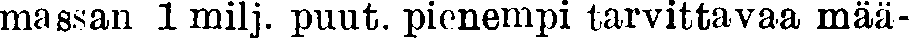
massan 1 milj. puut. pienempi tarvittavaa mää-